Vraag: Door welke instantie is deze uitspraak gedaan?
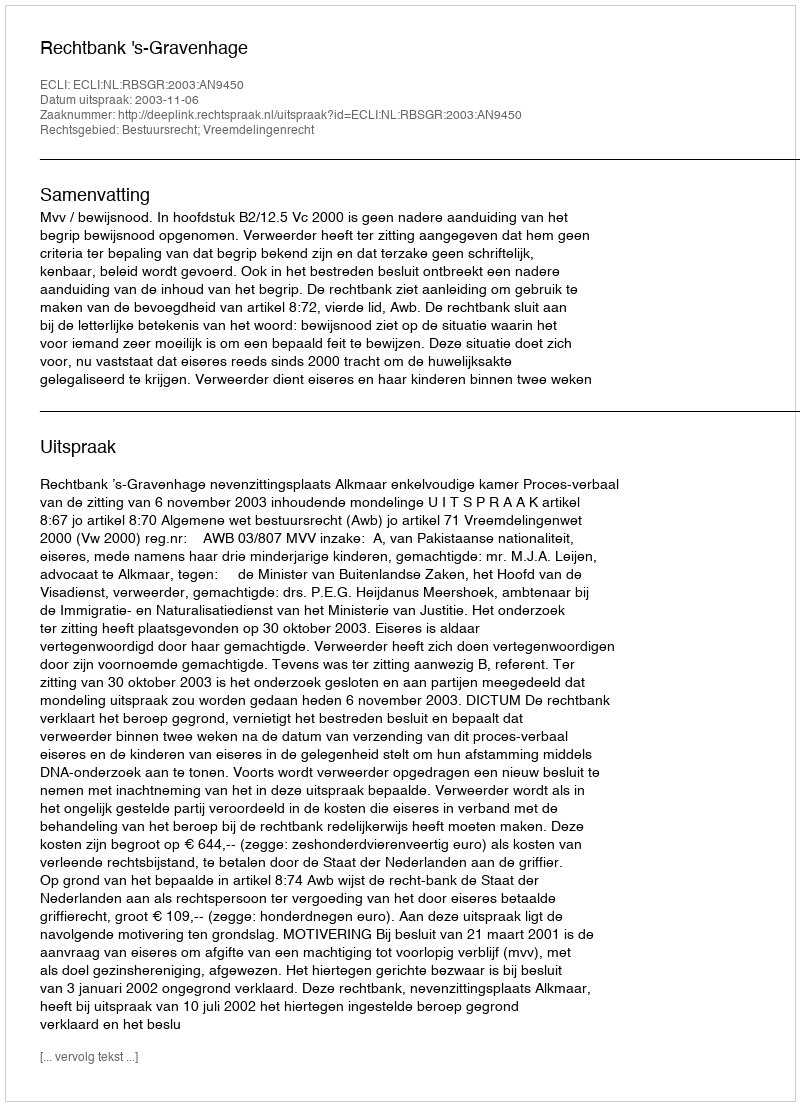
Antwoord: Rechtbank 's-Gravenhage